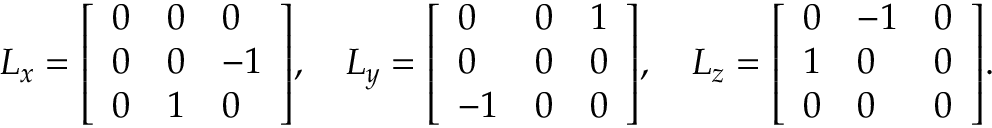
{ \boldsymbol { L } } _ { x } = { \left[ \begin{array} { l l l } { 0 } & { 0 } & { 0 } \\ { 0 } & { 0 } & { - 1 } \\ { 0 } & { 1 } & { 0 } \end{array} \right] } , \quad { \boldsymbol { L } } _ { y } = { \left[ \begin{array} { l l l } { 0 } & { 0 } & { 1 } \\ { 0 } & { 0 } & { 0 } \\ { - 1 } & { 0 } & { 0 } \end{array} \right] } , \quad { \boldsymbol { L } } _ { z } = { \left[ \begin{array} { l l l } { 0 } & { - 1 } & { 0 } \\ { 1 } & { 0 } & { 0 } \\ { 0 } & { 0 } & { 0 } \end{array} \right] } .